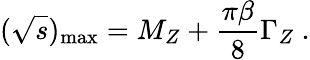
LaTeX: (\sqrt{s})_{\mathrm{max}}=M_{Z}+\frac{\pi\beta}{8}\Gamma_{Z}~.